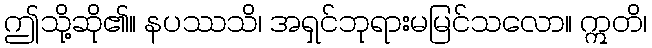
ဤသို့ဆို၏။ နပဿသိ၊ အရှင်ဘုရားမမြင်သလော။ ဣတိ၊